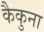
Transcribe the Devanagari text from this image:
कैकुना